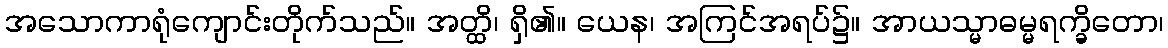
အသောကာရုံကျောင်းတိုက်သည်။ အတ္ထိ၊ ရှိ၏။ ယေန၊ အကြင်အရပ်၌။ အာယသ္မာဓမ္မရက္ခိတော၊